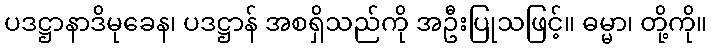
ပဒဋ္ဌာနာဒိမုခေန၊ ပဒဋ္ဌာန် အစရှိသည်ကို အဦးပြုသဖြင့်။ ဓမ္မာ၊ တို့ကို။